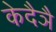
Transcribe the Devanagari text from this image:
केदैञै